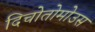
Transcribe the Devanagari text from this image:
दिचोतोमोउस